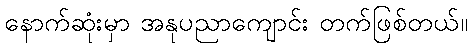
နောက်ဆုံးမှာ အနုပညာကျောင်း တက်ဖြစ်တယ်။